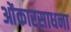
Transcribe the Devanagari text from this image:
ओंकारसाधना